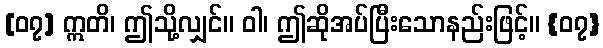
[၀၇] ဣတိ၊ ဤသို့လျှင်။ ဝါ၊ ဤဆိုအပ်ပြီးသောနည်းဖြင့်။ {၀၇}